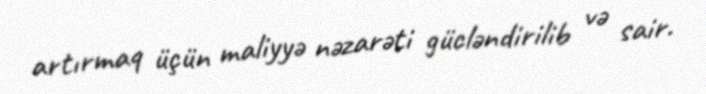
artırmaq üçün maliyyə nəzarəti gücləndirilib və sair.